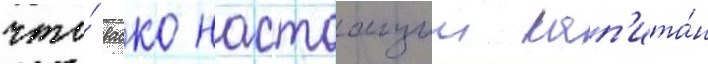
что́ васко настоащии кап'ита́н